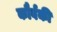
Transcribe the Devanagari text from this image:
कौर्वकी